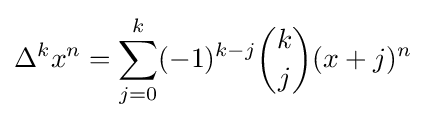
\Delta ^{k}x^{n}=\sum _{j=0}^{k}(-1)^{k-j}{k \choose j}(x+j)^{n}